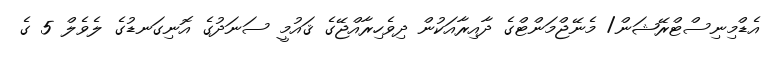
އެޑްމިނިސްޓްރޭޝަން/ މެނޭޖްމަންޓްގެ ދާއިރާއަކުން ދިވެހިރާއްޖޭގެ ޤައުމީ ސަނަދުގެ އޮނިގަނޑުގެ ލެވެލް 5 ގެ